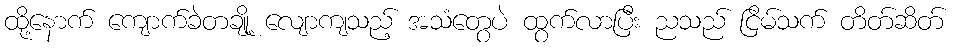
ထို့နောက် ကျောက်ခဲတချို့ လျောကျသည့် အသံတွေပဲ ထွက်လာပြီး ညသည် ငြိမ်သက် တိတ်ဆိတ်